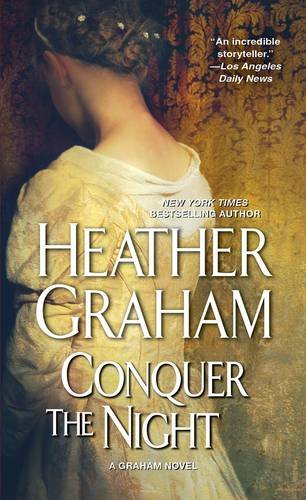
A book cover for Conquer the Night; Heather Graham; Romance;